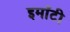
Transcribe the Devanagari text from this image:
इमाँटी